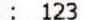
: 123